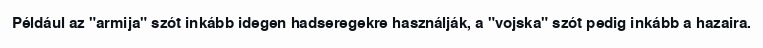
Például az "armija" szót inkább idegen hadseregekre használják, a "vojska" szót pedig inkább a hazaira.